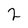
Character: 2